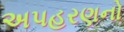
અપહરણનો